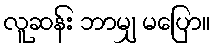
လူဆန်း ဘာမျှ မပြော။